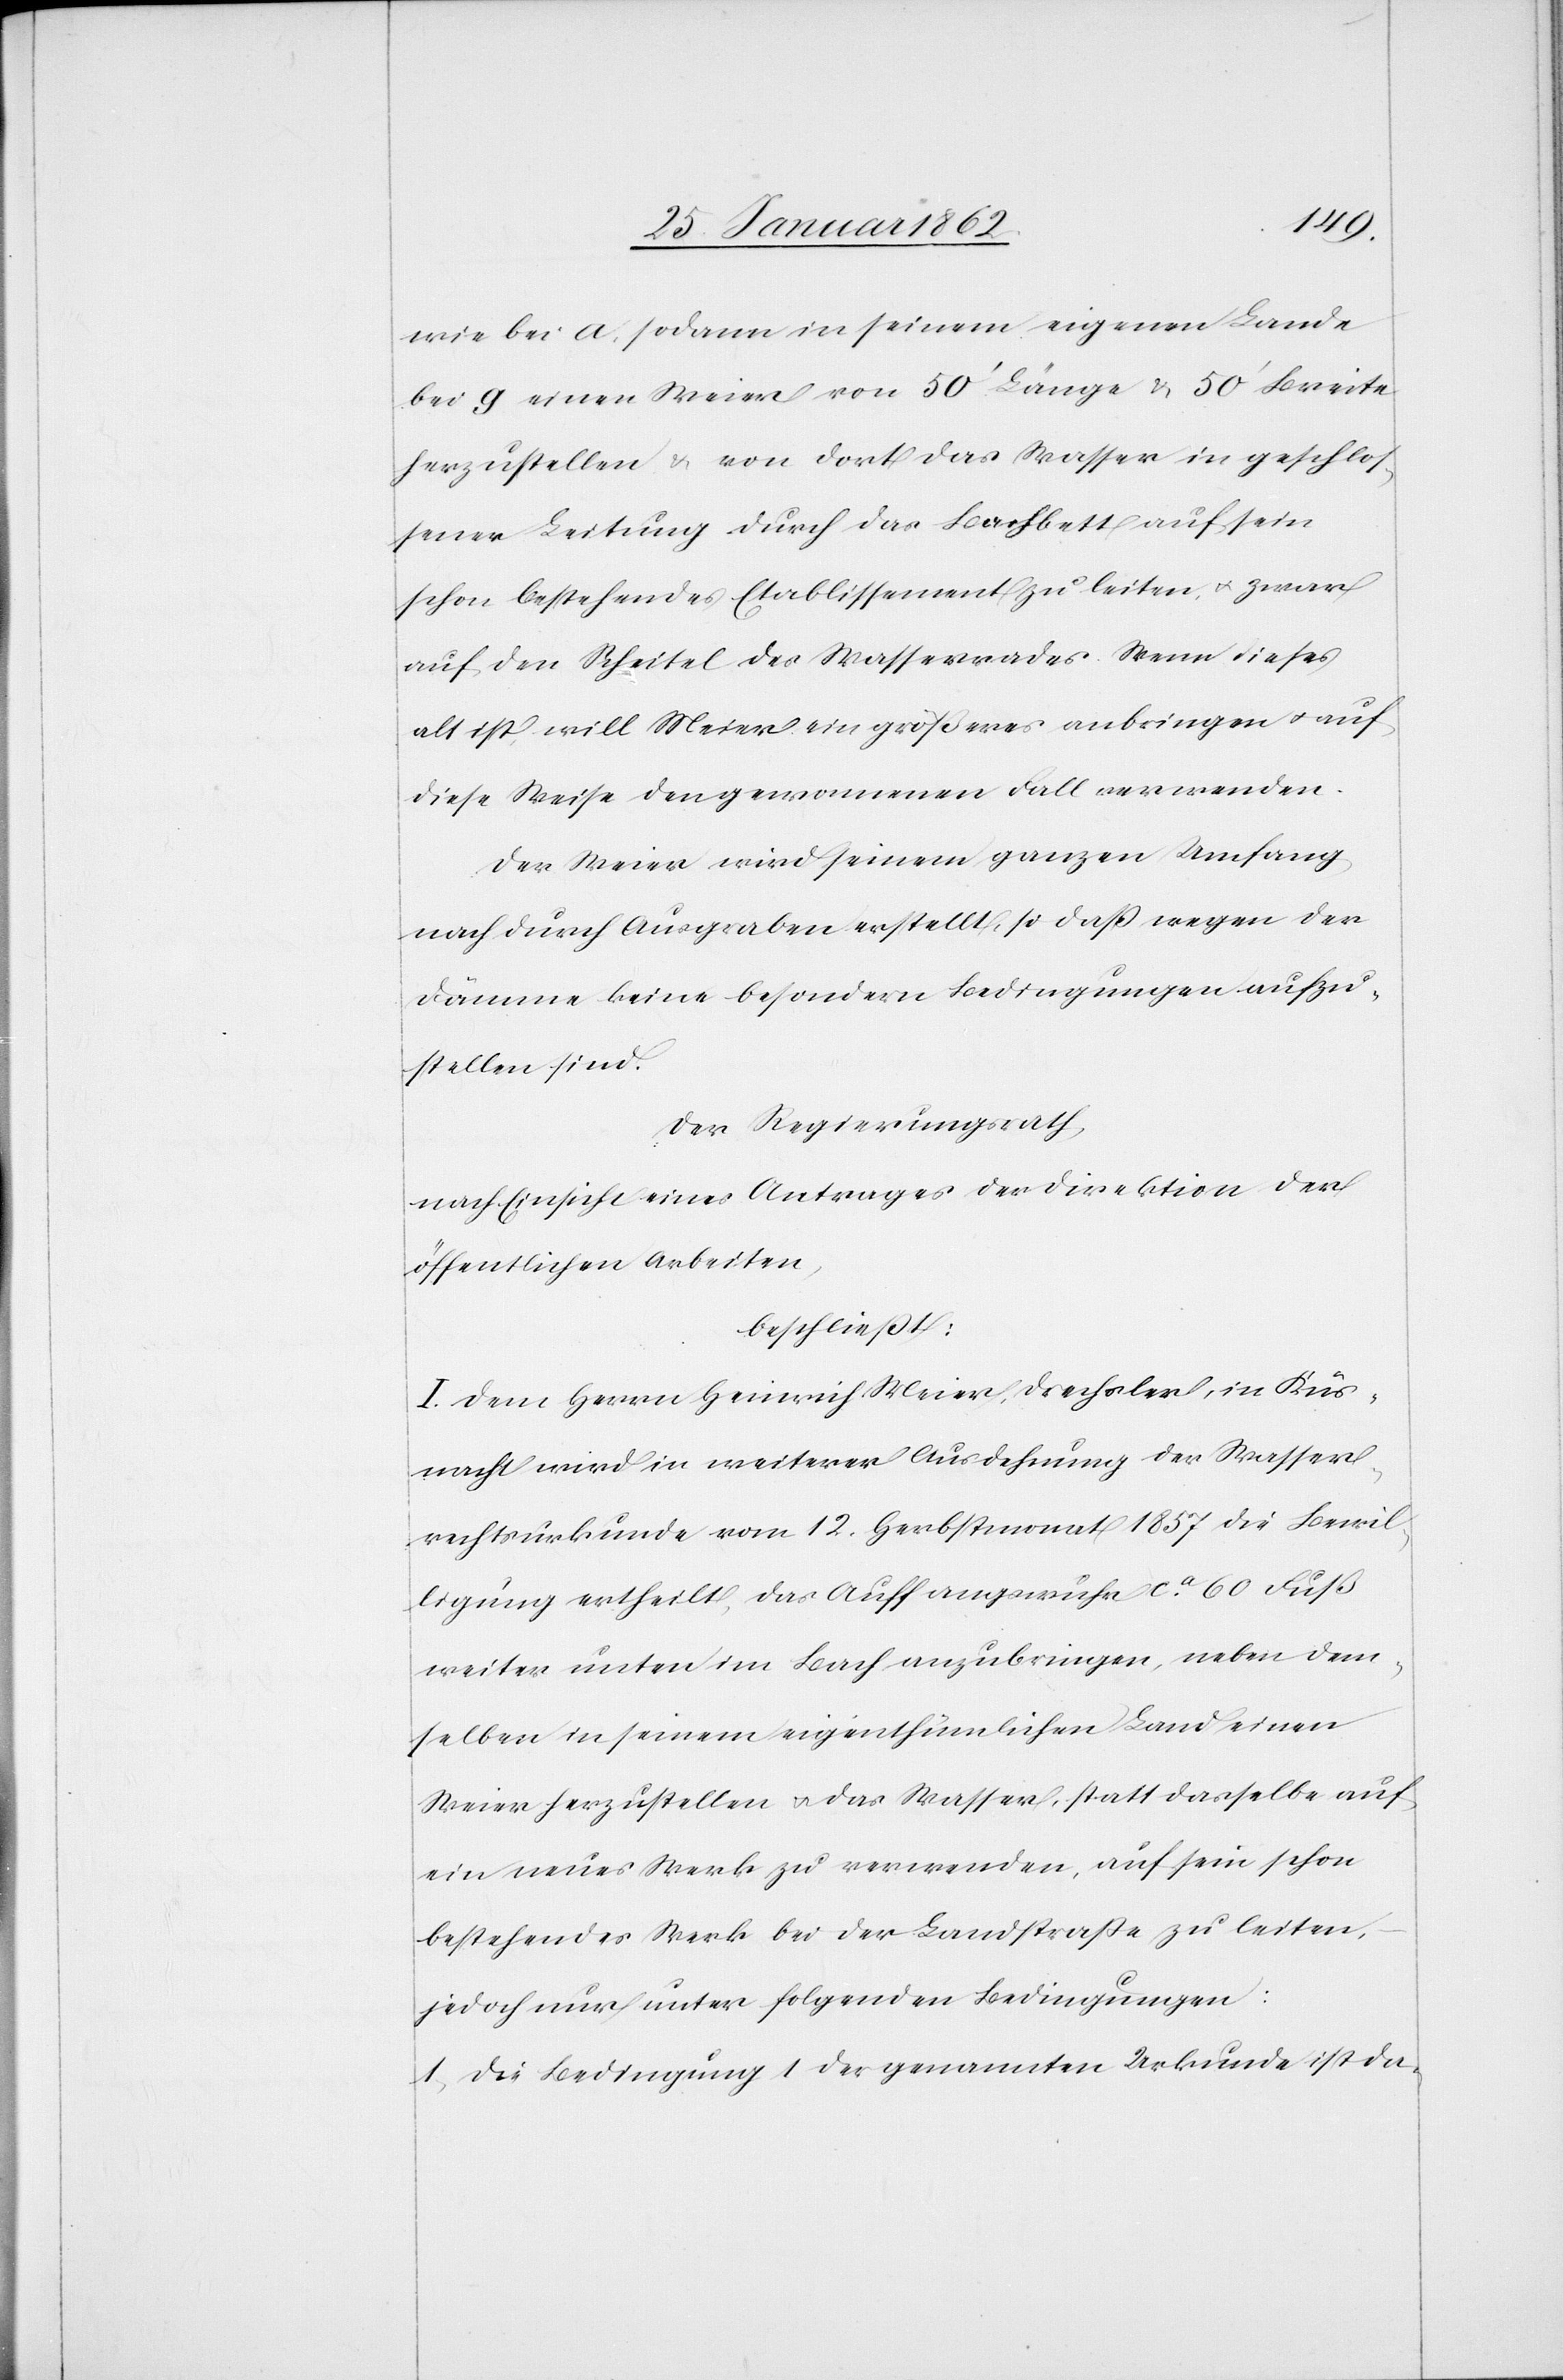
wie bei a, sodann in seinem eigenen Lande
bei g einen Weier von 50’ Länge & 50’ Breite
herzustellen & von dort das Wasser in geschlos¬
sener Leitung durch das Bachbett auf sein
schon bestehendes Etablissement zu leiten, u. zwar
auf den Scheitel des Wasserrades. Wenn dieses
alt ist, will Meier ein größeres anbringen u. auf
diese Weise den gewonnenen Fall verwenden.
Der Weier wird seinem ganzen Umfang
nach durch Ausgraben erstellt, so daß wegen der
Dämme keine besondern Bedingungen aufzu¬
stellen sind.
Der Regierungsrath,
nach Einsicht eines Antrages der Direktion der
öffentlichen Arbeiten,
beschließt:
I. Dem Herrn Heinrich Meier, Drechsler, in Küs¬
nacht wird in weiterer Ausdehnung der Wasser¬
rechtsurkunde vom 12. Herbstmonat 1857 die Bewil¬
ligung ertheilt, das Auffangwuhr ca. 60 Fuß
weiter unten im Bach anzubringen, neben dem¬
selben in seinem eigenthümlichen Land einen
Weier herzustellen u. das Wasser, statt dasselbe auf
ein neues Werk zu verwenden, auf sein schon
bestehendes Werk bei der Landstraße zu leiten,
jedoch nur unter folgenden Bedingungen:
1) Die Bedingung 1 der genannten Urkunde ist da-